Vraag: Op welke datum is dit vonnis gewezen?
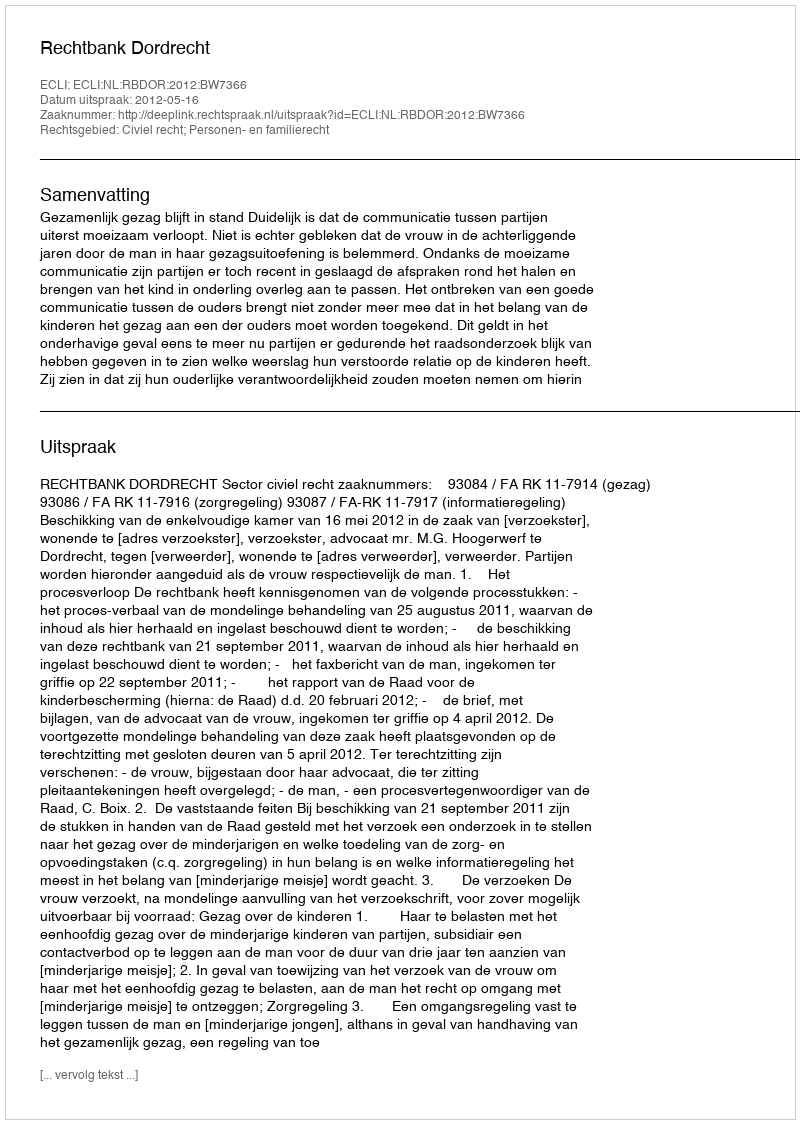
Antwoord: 2012-05-16